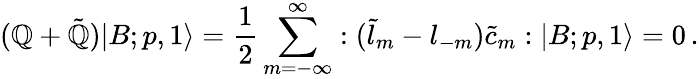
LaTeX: ({\cal\mathbb{Q}}+\tilde{{\cal\mathbb{Q}}})|B;p,1\rangle=\frac{{1}}{{2}}\sum_{m=-\infty}^{\infty}:(\tilde{{l}}_{m}-{l}_{-m})\tilde{{c}}_{m}:|B;p,1\rangle=0\, .